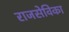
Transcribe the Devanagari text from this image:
राजसेविका